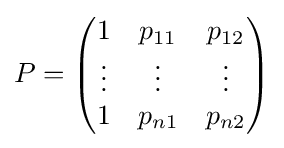
P={\begin{pmatrix}1&p_{11}&p_{12}\\\vdots &\vdots &\vdots \\1&p_{n1}&p_{n2}\end{pmatrix}}